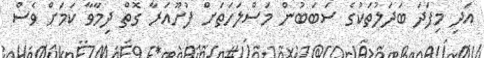
އަދި މިފަދަ ބަދަލުތަކުގެ ސަބަބުން މަސްލަހަތަށް ފުށޫއަރާ ގޮތް ދިމާވާ ކަމަށް ވެސް